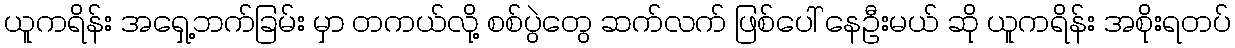
ယူကရိန်း အရှေ့ဘက်ခြမ်း မှာ တကယ်လို့ စစ်ပွဲတွေ ဆက်လက် ဖြစ်ပေါ် နေဦးမယ် ဆို ယူကရိန်း အစိုးရတပ်